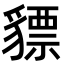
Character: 𧴋